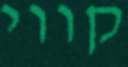
קווי